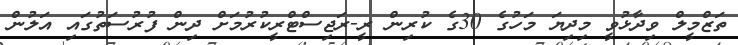
ތަޒްމީލް ވިދާޅުވީ މިދިޔަ މަހުގެ 30ގެ ކުރިން ރީ-ރަޖިސްޓްރީކުރުމަށް ދިން ފުރުސަތުގައި އަލުން